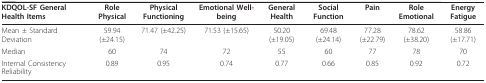
| KDQOL-SF General Health Items | Role Physical | Physical Functioning | Emotional Well-being | General Health | Social Function | Pain | Role Emotional | Energy Fatigue |
 | --- | --- | --- | --- | --- | --- | --- | --- | --- |
 | Mean ± Standard Deviation | 59.94 (±24.15) | 71.47 (±42.25) | 71.53 (±15.65) | 50.20 (±19.05) | 69.48 (±24.14) | 77.28 (±22.79) | 78.62 (±38.20) | 58.86 (±17.71) |
 | Median | 60 | 74 | 72 | 55 | 60 | 77 | 78 | 70 |
 | Internal Consistency Reliability | 0.89 | 0.95 | 0.74 | 0.77 | 0.66 | 0.85 | 0.92 | 0.72 |